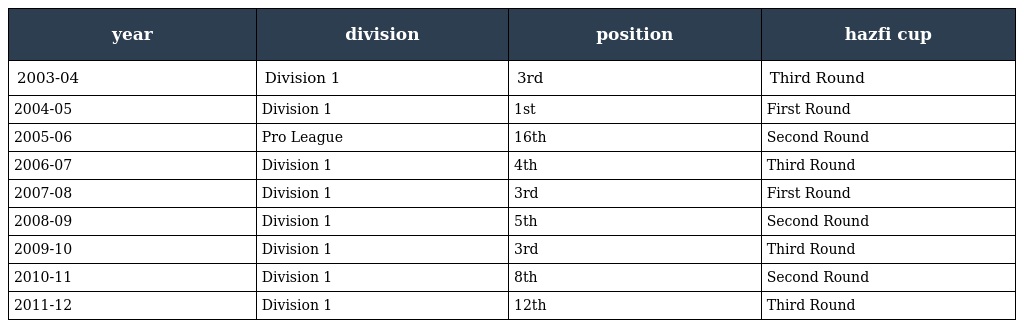
| year | division | position | hazfi cup |
 | --- | --- | --- | --- |
 | 2003-04 | Division 1 | 3rd | Third Round |
 | 2004-05 | Division 1 | 1st | First Round |
 | 2005-06 | Pro League | 16th | Second Round |
 | 2006-07 | Division 1 | 4th | Third Round |
 | 2007-08 | Division 1 | 3rd | First Round |
 | 2008-09 | Division 1 | 5th | Second Round |
 | 2009-10 | Division 1 | 3rd | Third Round |
 | 2010-11 | Division 1 | 8th | Second Round |
 | 2011-12 | Division 1 | 12th | Third Round |